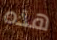
هذه